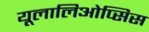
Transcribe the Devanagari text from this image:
यूलालिओप्सिस